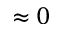
\approx 0